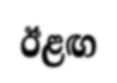
ඊළඟ